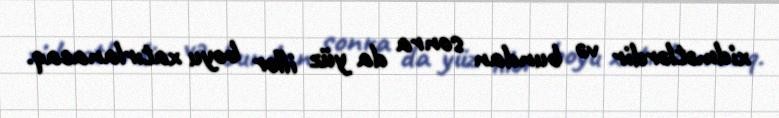
xidmətlərdir və bundan sonra da yüz illər boyu xatırlanacaq.